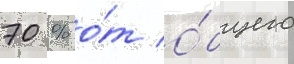
70 % о́т о́бщего